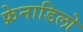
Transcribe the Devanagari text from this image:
फ्रेनाडिलो